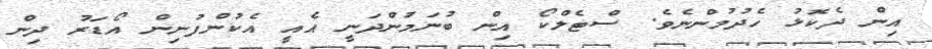
އިން ދެކޮޅު ހެދުމުންނެވެ. ސްޓެލްކޯ އިން ބުނަމުންދަނީ އެއީ އެކުންފުނިން އޯޑަރު ދިން